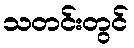
သတင်းတွင်